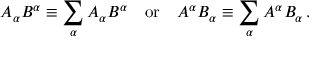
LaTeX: A _ { \alpha } B ^ { \alpha } \equiv \sum _ { \alpha } A _ { \alpha } B ^ { \alpha } \quad { \mathrm { o r } } \quad A ^ { \alpha } B _ { \alpha } \equiv \sum _ { \alpha } A ^ { \alpha } B _ { \alpha } \, .